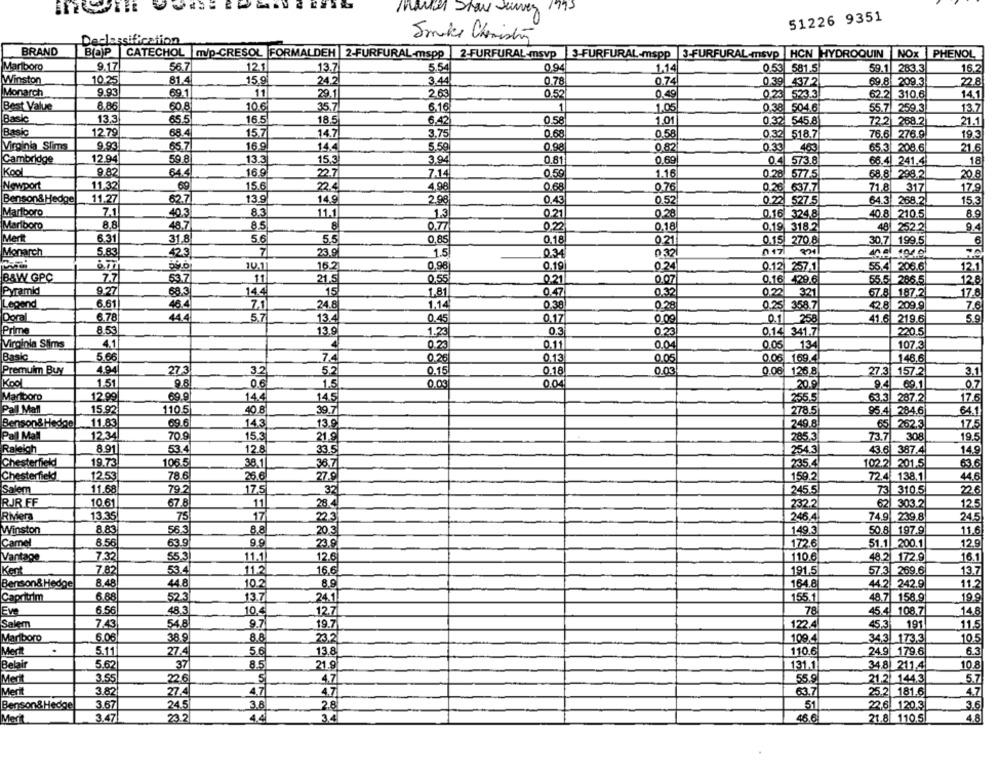
Marker Show Jeunes
51226 9351
Declassification
Smake Chemistry
BRAND
BOP CATECHOL m/p-CRESOL FORMALDEH 2-FURFURAL-mspp | 2-FURFURAL-msvp
3-FURFURAL-mspp
3-FURFURAL-msvp HCN HYDROQUIN NOX PHENOL
Marlboro
9.17
56.7
12.1
13.7
5.54
0.94
1.14
0.53 581.5
59.1 283.3
16.2
Winston
10.25
81.4
15.9
24.2
3.44
0.78
0.74
0.39 437.2
69.8 209.3
22.8
Monarch
9.93
69.1
11
29.1
2.63
0.52
0.49
0.23 523.3
14,1
62.2 310.6
Best Value
8.86
60.8
10.6
35.7
6.16
1
1.05
0.38 504.6
55.7 259.3.
13.71
Basic
13.3
65.5
16.5
18.5
6.42
0.58
1.01
0.32 545.8
72.2 268.2
21.1
Basic
12.79
15.7
14.7
0.68
19.3
68.4
3.75
0.58
0.32 518.7
76.6 276.9.
Virginia Sims
9.93
65.7
16.9
14.4
5.59
0,98
0.82
0.33
463
65.3 208.6
21.6
Cambridge
12.94
59.8
13.3
15.3
3.94
0.81
0.69
0.4 573.8
66.4. 241.4
18
Kool
9.82
644
16.9
22.7
7.14
0.59
1.16
0.28 577.5
68.8 298.2
20.8
Newport
11.32
69
15.6
22.4
4.98
0.68
0.76
71.8
317
0.26 637.7
17.9
Benson& Hedge
11.27
62.7
13.9
14.9
2.98
0.43
0.52
0.22 527.5
64.3 268.2
15.3
Marlboro
7.1
40.3
8.3
11.1
1.3
0.21
0.28
0.16 324,8
40.8 210.5
8.9
Marlboro
8.8
8.5
8
0.77
0.22
48.7
0.18
0.19 318.2
48 252.2
9.4
Mert
6.31
31.8
5.6
5.5
0,85
0.18
0.21
0.15 270.8
30,7 199.5
Monarch
5.83
42.3
7
23.9
1.5
0.34
0.32
16.2
10.1
0,98
0.19
0.24
0.12 257.1
55.4 206.6
12.1
B&W GPÇ
7.7
63.7
11
21.5
0.55
0.21
0.07
0.16 429.6
55.5 286.5
128
Pyramid
9.27
68.3
14.4
15
1.81
0.47
0.32
0.22 321
67.8 187.2
17.8
Legend
6.61
1,14
46.4
24.8
0.38
0.28
0.25 358.7
42.8 209.9
7.6
Doral
6.78
44.4
5.7
13.4
0.45
0.17
0.09
0.1 258
41.6. 219.6
5.9
Prime
8.53
13.9
1.23
0.3
0.23
0.14 341.7
220.5
Virginia Slims
4.1
0.23
0.11
0.04
0.05 134
107.3
Basic
5.66
7.4
0.25
0.13
0.05
0.06 169.4
146.6
Premuim Buy
4.94
27.3
32
5.2
0.15
0.18
0.03
0.08 126.8
27.3 157.2
3.1
Kool
1.51
0.6
1.5
0,00
0.04
20.9
94
09.1
0.7
Marlboro
12.99
69.9
14.4
14.5
255.5
63.3 287.2
17.6
Pall Mall
15.92
110.5
40.8
39.7
278.5
95.4 284.6
64.1
Benson&Hedge
11.83
69.6
143
13.9
249.8
65 262.3
17.5
70.9
Pall Mall
12.34
15.3
21.9
285.3
73.7
308
19.5
Raleigh
8.91
53.4
12.8
33.5
254.3
43.6 387.4
14.9
Chesterfield
19.73
106.5
38.1
36.7
35.4
102.2. 201.5
63.6
Chesterfield!
12.53
78.6
26.6
27.9
159.2
72.4 138,1
44.6
Salem
11.68
79.2
17.5
32
245.5
73 310.5
226
RJR FF
10.61
67.8
11
28.4
232.2
62| 303.2
125
Riviera
13.35
75
17
22.3
246.4
74.9 239.8
24.5
8.83
8.8
Winston
56.3
20.3
149.3
50.8 197.9
11.6
Camel
8.56
63.9
9.9
23.9
172.6
51.1 200.1
129
Vantage
7.32
55.3
11.1
12.6
110.6
48.2 172.9
16.1
Kert
7.82
53.4
11.2
16.6
191.5
57.3 269.6
13.7
8.48
10.2
8.9
Benson& Hedge
44.8
164.8
44.2 242.9
11.2
Capritrim
6.88
523
13.7
24.1
155.1
48.7 158.9
19.9
Eve
6.56
48,3
10.4
12.7
78
45.4. 108.7
14.8
Salem
7.43
54.8
9.7
19.7
122.4
45.3
191
11,5
6.06
Marlboro
38.
8.8
23.2
109.4
34.3 173.3
10.5
Mert
5.11
27.4
5.6
13.8
110.6
24.9 179.6
6.3
Belair
5.62
37
8.5
21.9
131.1
34.8) 211.4
10.8
Medit
3.55
22.6
5
4.7
55.9
21.2 .144.3
5.7
Merit
3.82
27.4
4.7
4.7
25.2 181.6
4.7
63.71
Benson& Hedge
3.67
24.5
3.8
2.8
51
22.6 120.3
3.6
Merit
3.47
23.2
4.4
3.4
46,6
21.8 110.5.
4.8